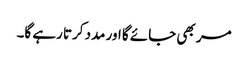
مر بھی جائے گا اور مدد کرتا رہے گا۔